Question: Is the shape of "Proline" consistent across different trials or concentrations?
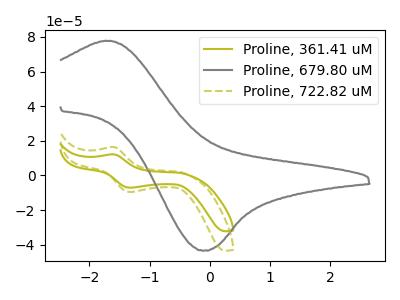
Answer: <think>The olive curve "Proline, 361.41 uM" has an anodic peak at (-1.60V, 12.20uA) and a cathodic peak at (-1.30V, -7.05uA). The gray curve "Proline, 679.80 uM" has an anodic peak at (-1.65V, 77.65uA) and a cathodic peak at (-0.10V, -43.35uA). The olive dashed curve "Proline, 722.82 uM" has an anodic peak at (-1.60V, 16.45uA) and a cathodic peak at (-1.30V, -9.55uA).
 "Proline, 361.41 uM" and "Proline, 679.80 uM" have at least one peak that do not match. All the peaks in "Proline, 361.41 uM" have a peak in "Proline, 722.82 uM" at the same potential. Every peak in "Proline, 361.41 uM" is lower than every peak in "Proline, 722.82 uM". "Proline, 679.80 uM" and "Proline, 722.82 uM" have at least one peak that do not match.</think>
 <answer>All the CV's of "Proline" have similar shape.</answer>
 <eval>follow_rule</eval>